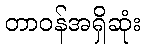
တာဝန်အရှိဆုံး